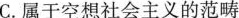
C.属于空想社会主义的范畴